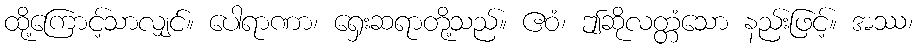
ထို့ကြောင့်သာလျှင်။ ပေါရာဏာ၊ ရှေးဆရာတို့သည်။ ဧဝံ၊ ဤဆိုလတ္တံသော နည်းဖြင့်။ အဿ၊